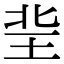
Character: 𤤘